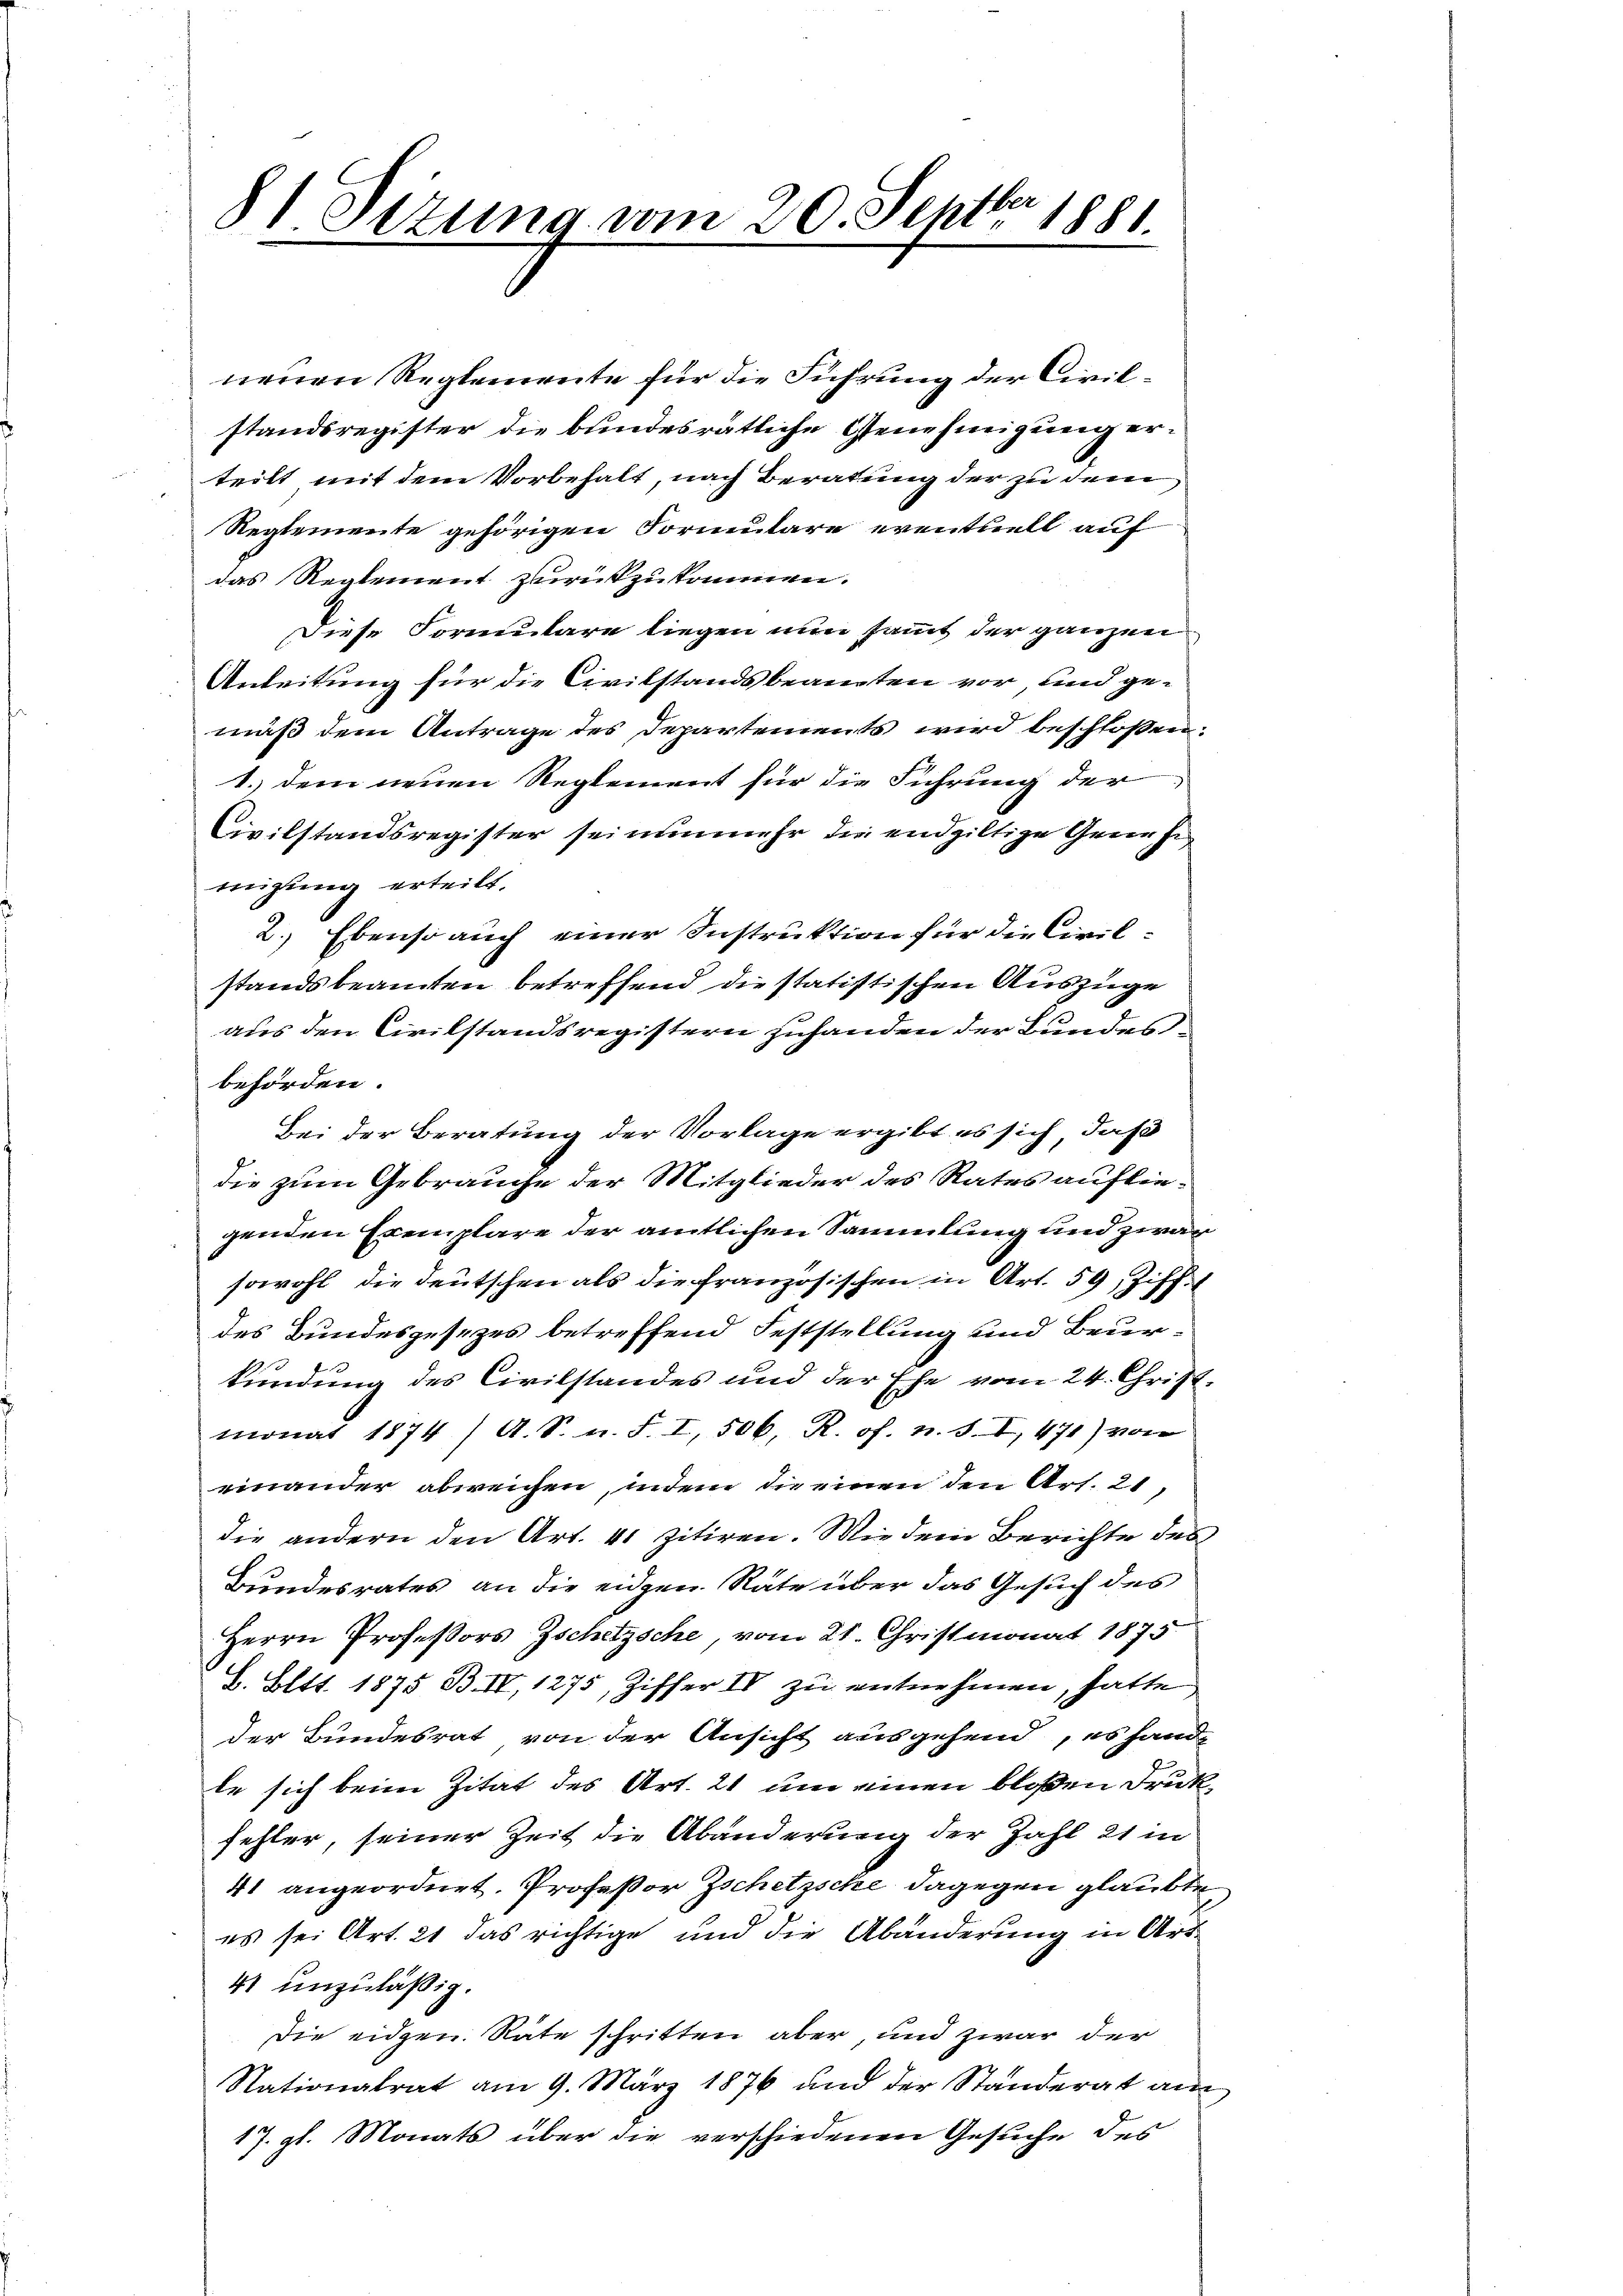
81 Sizung vom 20. Septbr 1881.

neuen Reglemente für die Führung der Civilstandsregister die bundesrätliche Genehmigung erteilt mit dem Vorbehalt, nach Beratung der zu dem
Reglemente gehörigen Formulare eventuell auf
das Reglement zurückzukommen.
Diese Formulare liegen nun sammt der ganzen
Anleitung für die Civilstandsbeamten vor, und ge-
mäß dem Antrage des Departements wird beschloßen:
1.) dem neuen Reglement für die Führung der
Civilstandsregister sei nunmehr die endgiltige Gerin hi
migung erteilt.
2. Ebenso auch einer Instruktion für die Civilstandsbeamten betreffend die statistischen Auszüge
aus den Civilstandsregistern zuhanden der Bundesbehörden.
Bei der Beratung der Vorlage ergibt es sich, daß
die zum Gebrauche der Mitglieder des Rates aufliegenden Exemplare der amtlichen Sammlung und zwar
sowohl die Deutschen als die französischen in Art. 59, Ziff.
des Bundesgesezes betreffend Feststellung und Beurkundung des Civilstandes und der Ehe vom 24. Christ.
monat 1874 / A. S. n. F. I, 506, R. of. n. S. I, 471) von
einander abweichen, indem die einen den Art. 21,
die andern den Art. 41 zitiren. Wie dem Berichte des
Bundesrates an die eidgen. Räte über das Gesuch des
Herrn Professors Zschetzsche, vom 21. Christmonat 1875
L. Bett. 1875 B. IV 1275, Ziffer IV zu entnehmen, hatte
der Bundesrat von der Ansicht ausgehend, es hande
le sich beim Zitat des Art. 21 um einen bloßen Drukfehler, seiner Zeit die Abänderung der Zahl 21 in
41 angeordnet. Professor Zschetzsche dagegen glaubte
es sei Art. 21 das richtige und die Abänderung in Art
41 unzuläßig.
Die eidgen. Räte schritten aber, und zwar der
Stationalrat am 9. März 1876 und der Ständerat am
17. gl. Monats über die verschiedenen Gesuche des